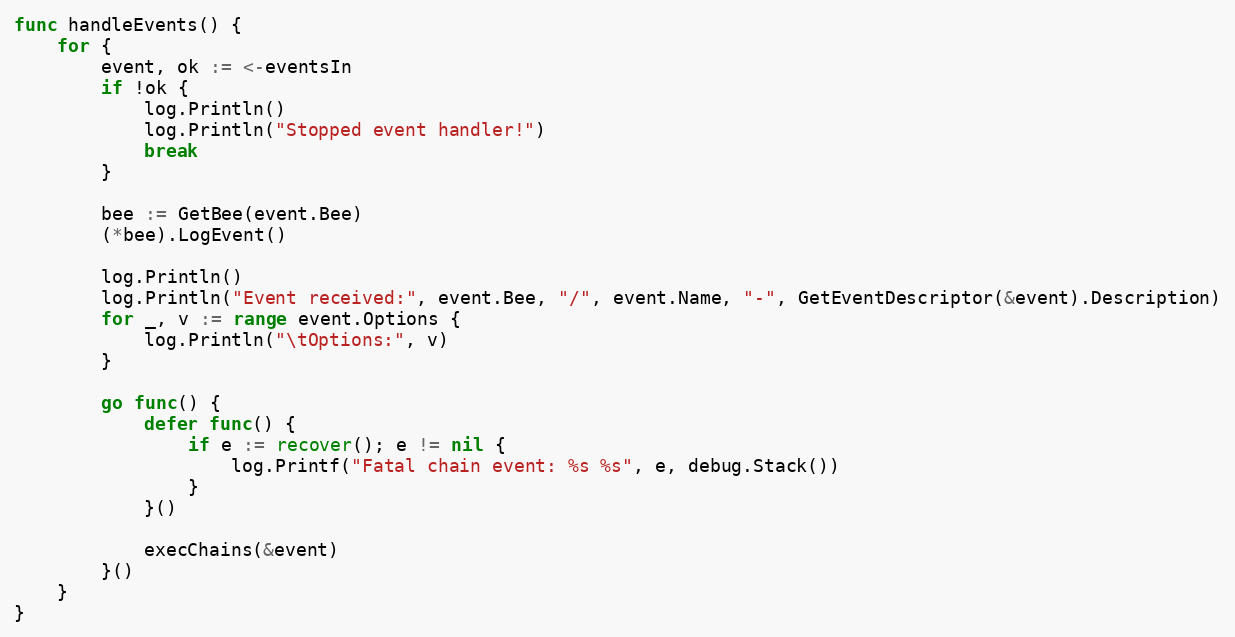
Language: Go
func handleEvents() {
	for {
		event, ok := <-eventsIn
		if !ok {
			log.Println()
			log.Println("Stopped event handler!")
			break
		}

		bee := GetBee(event.Bee)
		(*bee).LogEvent()

		log.Println()
		log.Println("Event received:", event.Bee, "/", event.Name, "-", GetEventDescriptor(&event).Description)
		for _, v := range event.Options {
			log.Println("\tOptions:", v)
		}

		go func() {
			defer func() {
				if e := recover(); e != nil {
					log.Printf("Fatal chain event: %s %s", e, debug.Stack())
				}
			}()

			execChains(&event)
		}()
	}
}